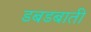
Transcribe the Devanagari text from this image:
डबडबाती